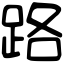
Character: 路